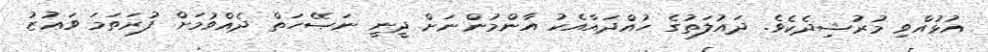
އުޅުއްވި މުރުޝިދެކެވެ. ދައުލަތުގެ ހުއްދައާއެކު އާންމުންނަށް ދީނީ ނަޞޭހަތް ދެއްވުމަށް ފުރަތަމަ ވަޢުޒު